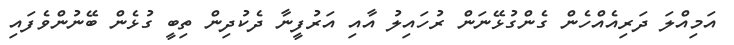
އަމިއްލަ ދަރިއެއްހެން ގެންގުޅޭނަން ރުހައިލު އާއި އަރުފީނާ ދެކުދިން ތިބީ ގުޅެން ބޭނުންވެފައި